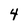
Character: 4